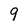
Character: 9